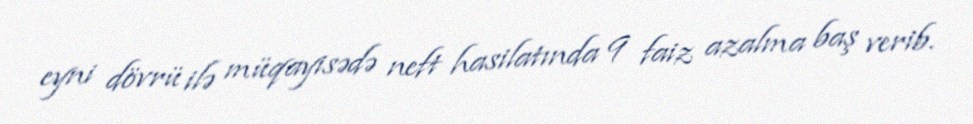
eyni dövrü ilə müqayisədə neft hasilatında 9 faiz azalma baş verib.